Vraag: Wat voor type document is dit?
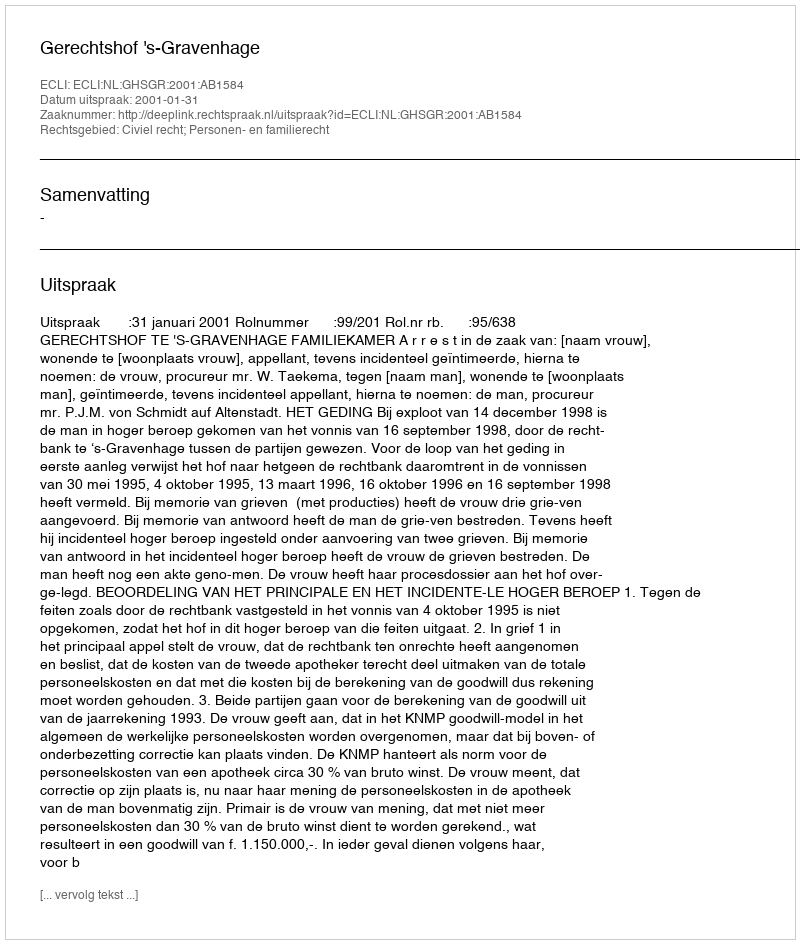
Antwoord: Uitspraak